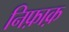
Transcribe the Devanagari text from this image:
निफ़ाक़